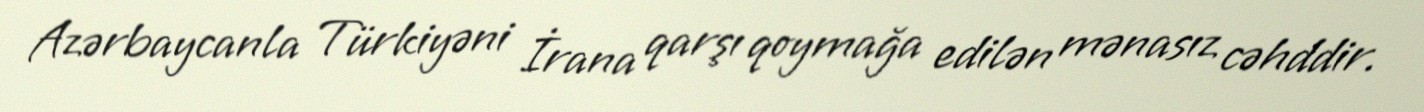
Azərbaycanla Türkiyəni İrana qarşı qoymağa edilən mənasız cəhddir.